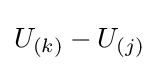
U_{(k)}-U_{(j)}